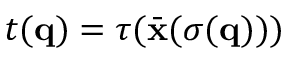
t ( { \bf q } ) = \tau ( \bar { \bf x } ( \sigma ( { \bf q } ) ) )